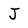
Character: J